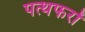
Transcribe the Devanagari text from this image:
पत्थफरों